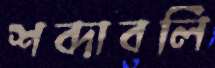
শব্দাবলি